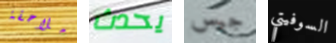
ملاحقة يحدث جيس السوفيتي